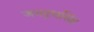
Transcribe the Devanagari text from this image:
जयद्रथसिंह